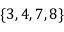
\{ 3 , 4 , 7 , 8 \}